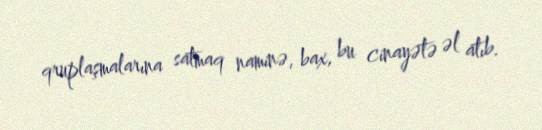
qruplaşmalarına satmaq naminə, bax, bu cinayətə əl atıb.